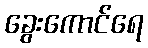
ခွေးကောင်ရေ